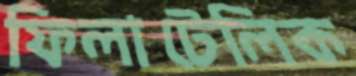
ফিলাটেলিক